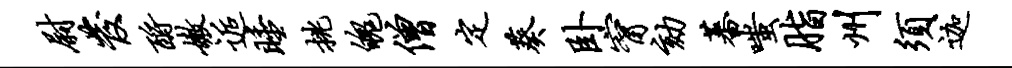
尉发酹嫩逅睡挑魄僧定葵卧甯劾蕃嗤脂州须迦